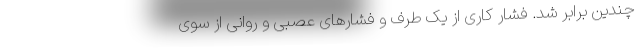
چندین برابر شد. فشار کاری از یک طرف و فشارهای عصبی و روانی از سوی